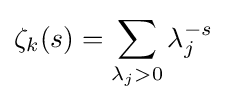
\zeta _{k}(s)=\sum _{\lambda _{j}>0}\lambda _{j}^{-s}